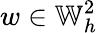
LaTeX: w\in\mathbb{W}_{h}^{2}